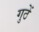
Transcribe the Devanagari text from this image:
गुठें